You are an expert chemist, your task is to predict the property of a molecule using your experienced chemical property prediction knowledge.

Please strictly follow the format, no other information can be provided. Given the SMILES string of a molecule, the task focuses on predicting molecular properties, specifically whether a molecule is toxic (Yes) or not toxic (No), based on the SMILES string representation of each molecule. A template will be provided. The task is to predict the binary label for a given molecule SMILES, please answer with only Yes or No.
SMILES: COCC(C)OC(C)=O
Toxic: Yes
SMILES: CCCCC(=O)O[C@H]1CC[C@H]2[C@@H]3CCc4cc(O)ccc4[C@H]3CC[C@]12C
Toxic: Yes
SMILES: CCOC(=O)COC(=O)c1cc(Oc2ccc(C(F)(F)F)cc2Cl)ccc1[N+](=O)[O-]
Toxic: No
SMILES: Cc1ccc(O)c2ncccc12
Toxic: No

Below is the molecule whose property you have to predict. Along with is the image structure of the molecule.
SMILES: CN1CCCN=C1/C=C/c1cccs1
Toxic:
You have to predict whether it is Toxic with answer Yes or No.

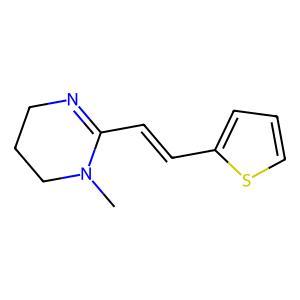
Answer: No